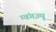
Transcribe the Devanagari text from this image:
ग्वंगज़्यू